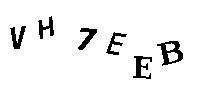
VH7EEB